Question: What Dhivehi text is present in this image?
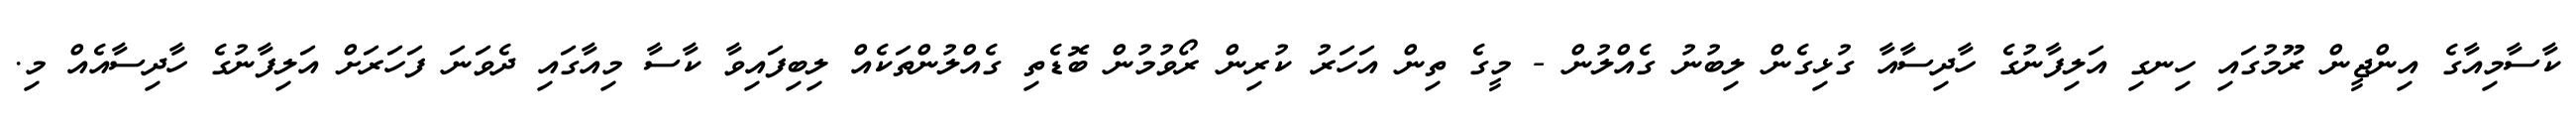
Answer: ކާސާމިއާގެ އިންޖީން ރޫމުގައި ހިނގި އަލިފާނުގެ ހާދިސާއާ ގުޅިގެން ލިބުނު ގެއްލުން - މީގެ ތިން އަހަރު ކުރިން ރޯވުމުން ބޮޑެތި ގެއްލުންތަކެއް ލިބިފައިވާ ކާސާ މިއާގައި ދެވަނަ ފަހަރަށް އަލިފާނުގެ ހާދިސާއެއް މި.